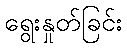
ရွေးနှုတ်ခြင်း